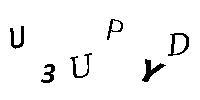
U3UPYD